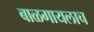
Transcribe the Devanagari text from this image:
बाळगायलाच